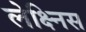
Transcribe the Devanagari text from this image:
लेक्ष्निस